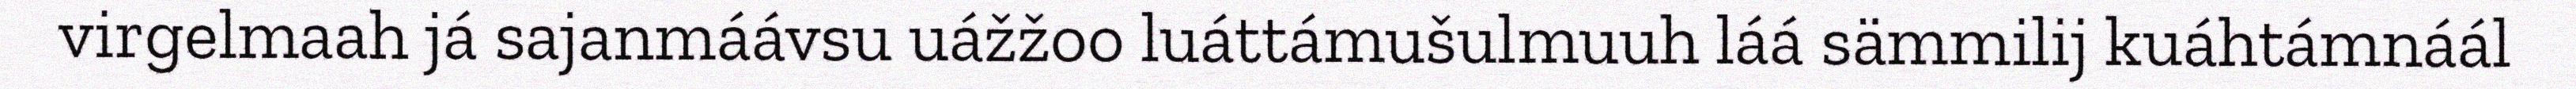
virgelmaah já sajanmáávsu uážžoo luáttámušulmuuh láá sämmilij kuáhtámnáál